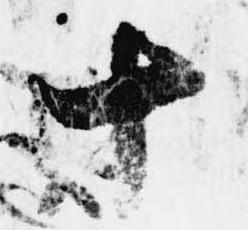
十